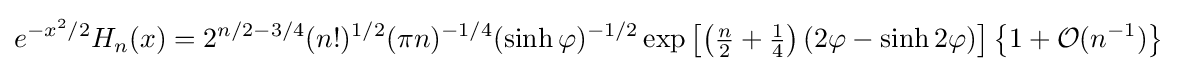
e^{-x^{2}/2}H_{n}(x)=2^{n/2-3/4}(n!)^{1/2}(\pi n)^{-1/4}(\sinh \varphi )^{-1/2}\exp \left[\left({\tfrac {n}{2}}+{\tfrac {1}{4}}\right)(2\varphi -\sinh 2\varphi )\right]{\big \{}1+{\mathcal {O}}(n^{-1}){\big \}}